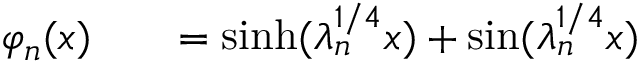
\begin{array} { r l r } { \varphi _ { n } ( x ) } & { { } } & { = \sinh ( \lambda _ { n } ^ { 1 / 4 } x ) + \sin ( \lambda _ { n } ^ { 1 / 4 } x ) } \end{array}